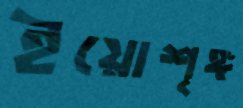
ইয়োশৃঙ্গ